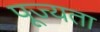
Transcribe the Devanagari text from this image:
पूज्यता